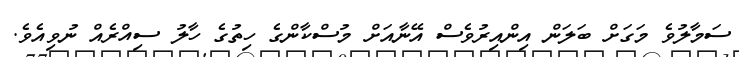
ސަމާލުވެ މަގަށް ބަލަން އިންއިރުވެސް އޭނާއަށް މުސްކާންގެ ހިތުގެ ހާލު ސިއްރެއް ނުވިއެވެ.